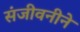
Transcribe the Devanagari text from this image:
संजीवनीने